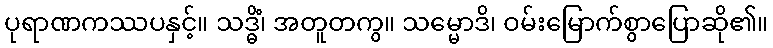
ပုရာဏကဿပနှင့်။ သဒ္ဓိံ၊ အတူတကွ။ သမ္မောဒိ၊ ဝမ်းမြောက်စွာပြောဆို၏။